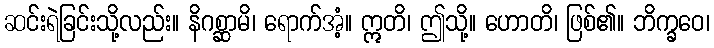
ဆင်းရဲခြင်းသို့လည်း။ နိဂစ္ဆာမိ၊ ရောက်အံ့။ ဣတိ၊ ဤသို့။ ဟောတိ၊ ဖြစ်၏။ ဘိက္ခဝေ၊